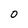
Character: 0